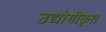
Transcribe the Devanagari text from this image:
उद्योगीकृत